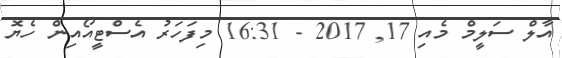
އާލް ސަލީމް މެއި 17